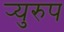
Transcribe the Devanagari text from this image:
र्‍युरुप